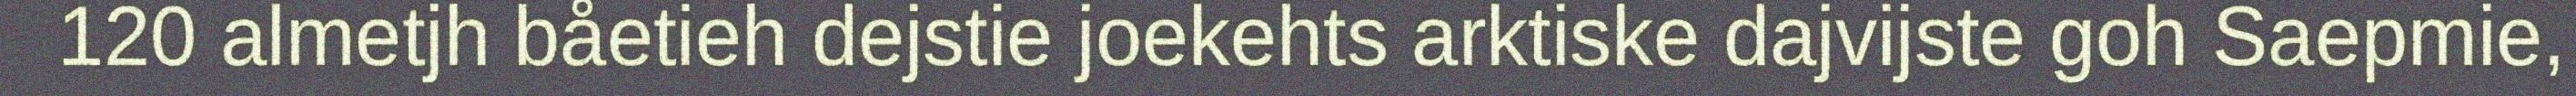
120 almetjh båetieh dejstie joekehts arktiske dajvijste goh Saepmie,